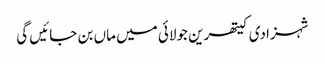
شہزادی کیتھرین جولائی میں ماں بن جائیں گی